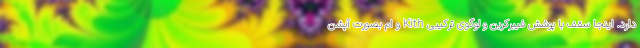
دارد. اینجا سقف با پوشش فیبرکربن و لوگوی ترکیبی Kith و اِم بصورت آپشن